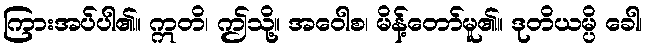
ကြားအပ်ပါ၏။ ဣတိ၊ ဤသို့။ အဝေါစ၊ မိန့်တော်မူ၏။ ဒုတိယမ္ပိ ခေါ၊